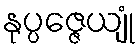
နုပ္ပဇ္ဇေယျုံ